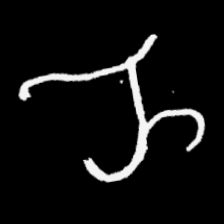
Pyu character \u2014 Myanmar letter: ည (romanized: nya)